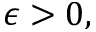
\epsilon > 0 ,